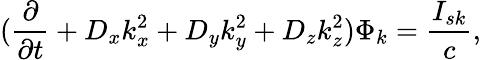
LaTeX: (\frac{\partial}{\partial t}+{D_{x}}{k_{x}^{2}}+{D_{y}}{k_{y}^{2}}+{D_{z}}{k_{z}^{2}})\Phi_{k}=\frac{{I_{sk}}}{c},